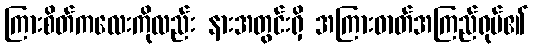
ကြားစိတ်ကလေးကိုလည်း နားအတွင်းရှိ အကြားဓာတ်အကြည်ရုပ်၏